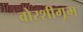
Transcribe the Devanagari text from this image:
वोरशीगूम